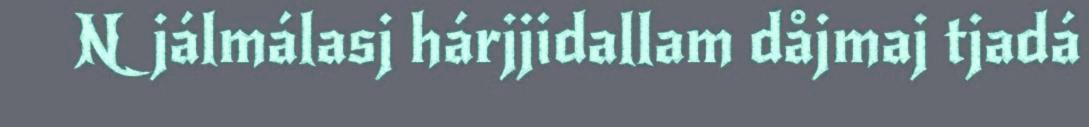
Njálmálasj hárjjidallam dåjmaj tjadá